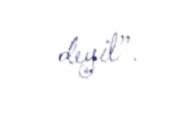
deyil”.